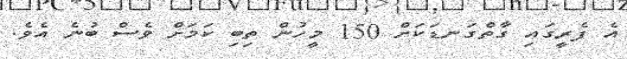
އެ ފެރީގައި ގާތްގަނޑަކަށް 150 މީހުން ތިބި ކަމަށް ވެސް ބުނެ އެވެ.